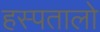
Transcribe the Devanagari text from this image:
हस्पतालो